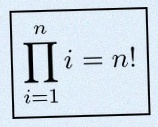
\prod_{i=1}^{n}i=n!